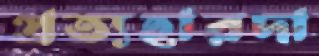
প্রত্যহারদা